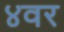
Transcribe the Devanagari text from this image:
४वर